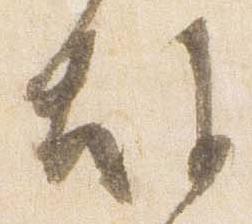
故